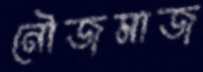
নৌজমাজ